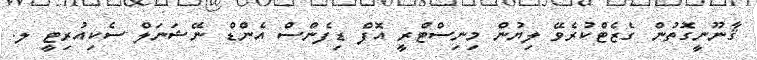
ޤާނޫނީގޮތުން ގެޒެޓްކުރެވޭ ލިޔުން މިނިސްޓްރީ އޮފް ޑިފެންސް އެންޑް ނޭޝަނަލް ސެކިއުރިޓީ ލ.